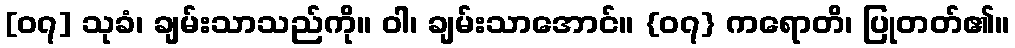
[၀၇] သုခံ၊ ချမ်းသာသည်ကို။ ဝါ၊ ချမ်းသာအောင်။ {၀၇} ကရောတိ၊ ပြုတတ်၏။